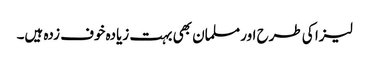
لیزا کی طرح اور مسلمان بھی بہت زیادہ خوف زدہ ہیں۔